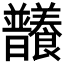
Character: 𣌞